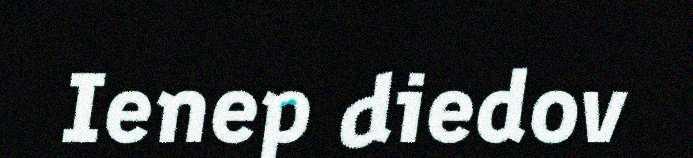
Ienep diedov